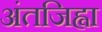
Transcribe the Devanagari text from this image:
अंतजिह्वा